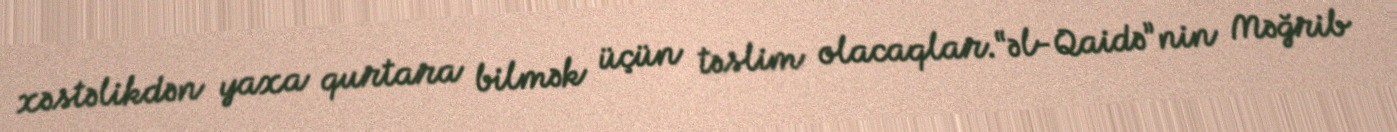
xəstəlikdən yaxa qurtara bilmək üçün təslim olacaqlar.“əl-Qaidə”nin Məğrib